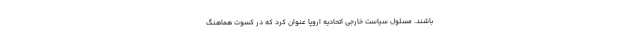
باشند. مسئول سیاست خارجی اتحادیه اروپا عنوان کرد که در کسوت هماهنگ